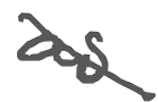
Text: as
Cross-out: diagonal
Writing tool: digital_gray